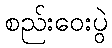
စည်းဝေးပွဲ